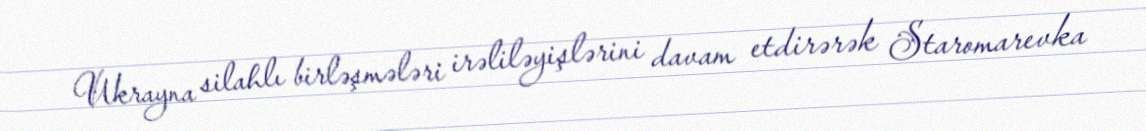
Ukrayna silahlı birləşmələri irəliləyişlərini davam etdirərək Staromarevka